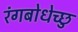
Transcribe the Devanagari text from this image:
रंगबोधेच्छु